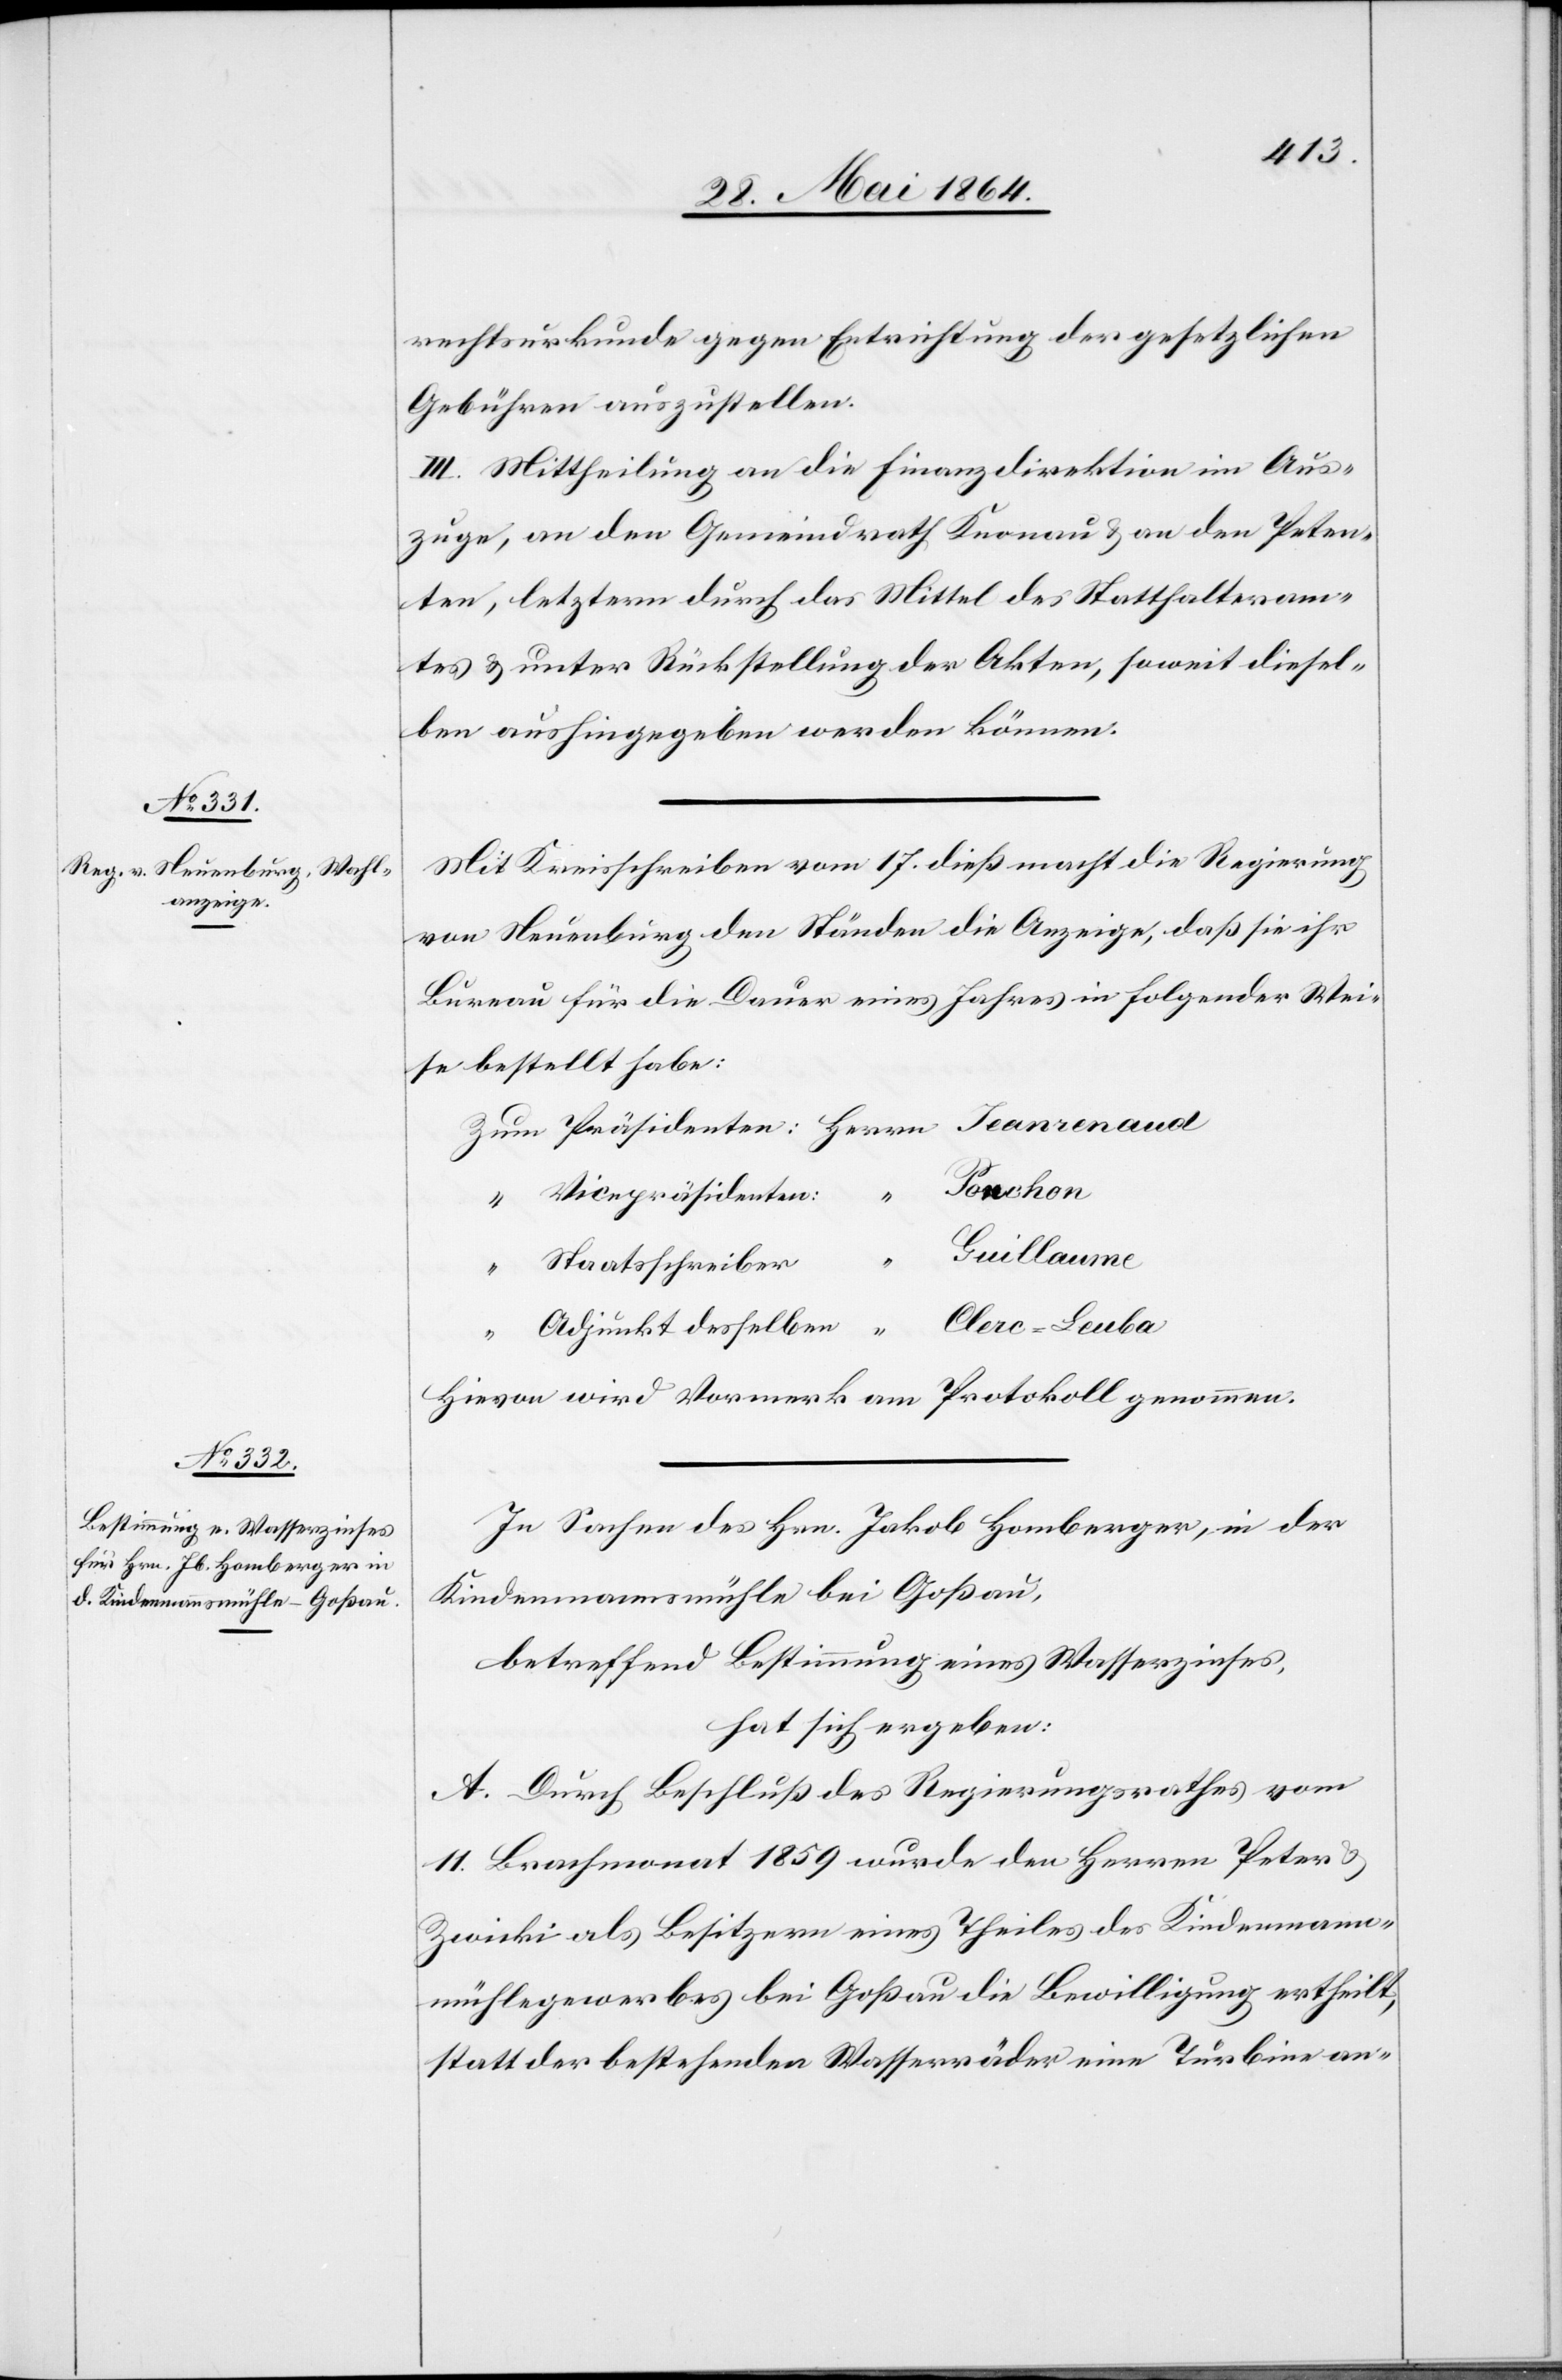
rechtsurkunde gegen Entrichtung der gesetzlichen
Gebühren auszustellen.
III. Mittheilung an die Finanzdirektion im Aus¬
zuge, an den Gemeindrath Knonau u. an den Peten¬
ten, letzterm durch das Mittel des Statthalteram¬
tes u. unter Rückstellung der Akten, soweit diesel¬
ben aushingegeben werden können.
Mit Kreisschreiben vom 17. dieß macht die Regierung
von Neuenburg den Ständen die Anzeige, daß sie ihr
Bureau für die Dauer eines Jahres in folgender Wei¬
se bestellt habe:
Zum	Präsidenten: 	Herrn Jeanrenaud
Touchon
Guillaume
Clerc-Leuba
djunkt desselben
“		A¬
Hievon wird Vormerk am Protokoll genommen.
In Sachen des Hrn. Jakob Homberger, in der
Kindenmannsmühle bei Goßau,
betreffend Bestimmung eines Wasserzinses,
hat sich ergeben:
A. Durch Beschluß des Regierungsrathes vom
11. Brachmonat 1859 wurde den Herren Peter u.
Zwicki als Besitzern eines Theiles des Kindenmann¬
mühlegewerbes bei Goßau die Bewilligung ertheilt,
statt der bestehenden Wasserräder eine Türbine an-